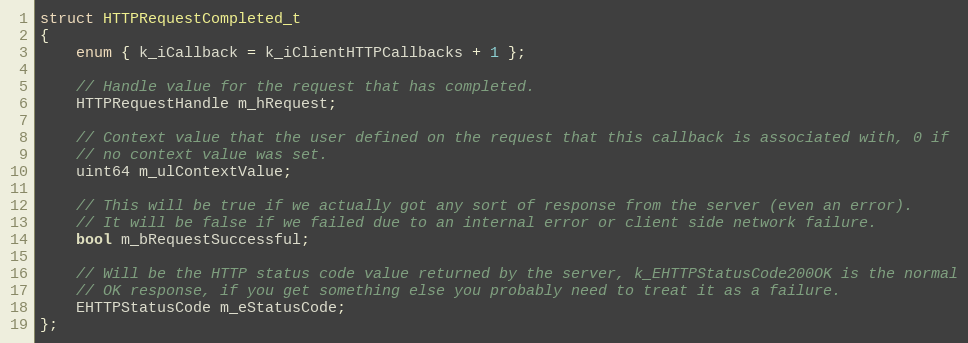
Language: C
struct HTTPRequestCompleted_t
{
	enum { k_iCallback = k_iClientHTTPCallbacks + 1 };

	// Handle value for the request that has completed.
	HTTPRequestHandle m_hRequest;

	// Context value that the user defined on the request that this callback is associated with, 0 if
	// no context value was set.
	uint64 m_ulContextValue;

	// This will be true if we actually got any sort of response from the server (even an error).
	// It will be false if we failed due to an internal error or client side network failure.
	bool m_bRequestSuccessful;

	// Will be the HTTP status code value returned by the server, k_EHTTPStatusCode200OK is the normal
	// OK response, if you get something else you probably need to treat it as a failure.
	EHTTPStatusCode m_eStatusCode;
};